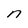
Character: n